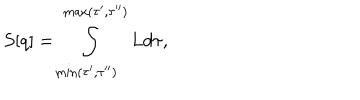
LaTeX: S [ q ] = \int _ { \min ( \tau ^ { \prime } , \tau ^ { \prime \prime } ) } ^ { \max ( \tau ^ { \prime } , \tau ^ { \prime \prime } ) } L d \tau ,